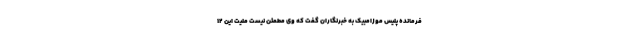
فرمانده پلیس موزامبیک به خبرنگاران گفت که وی مطمئن نیست ملیت این ۱۲